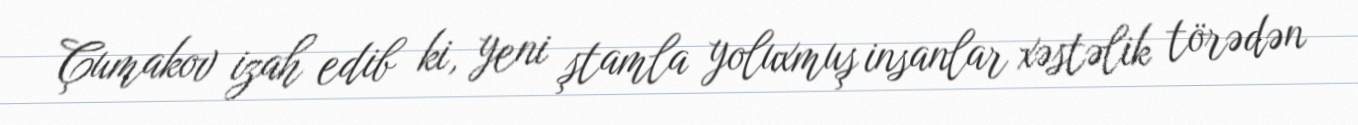
Çumakov izah edib ki, yeni ştamla yoluxmuş insanlar xəstəlik törədən